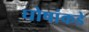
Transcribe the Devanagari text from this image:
घोषांकडे